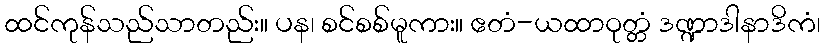
ထင်ကုန်သည်သာတည်း။ ပန၊ စင်စစ်မူကား။ ဧတံ-ယထာဝုတ္တံ ဒဏ္ဍာဒါနာဒိကံ၊